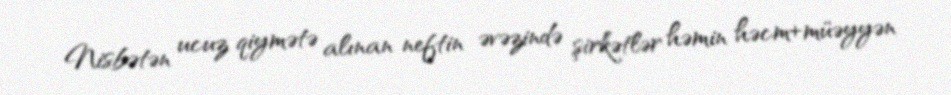
Nisbətən ucuz qiymətə alınan neftin əvəzində şirkətlər həmin həcm+müəyyən